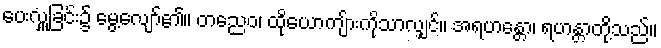
ပေးလှူခြင်း၌ မွေ့လျော်၏။ တညေဝ၊ ထိုယောကျ်ားကိုသာလျှင်။ အရဟန္တော၊ ရဟန္တာတို့သည်။